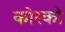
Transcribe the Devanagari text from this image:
कोस्को